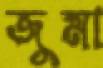
জুমা